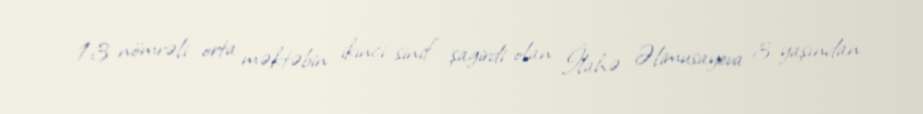
13 nömrəli orta məktəbin ikinci sinif şagirdi olan İlahə Əlimusayeva 3 yaşından